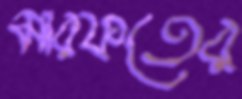
মারফতের